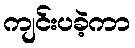
ကျင်းပခဲ့ကာ